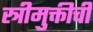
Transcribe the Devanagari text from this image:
स्त्रीमुक्तीची